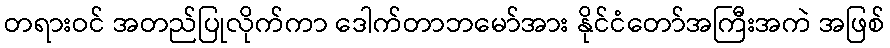
တရားဝင် အတည်ပြုလိုက်ကာ ဒေါက်တာဘမော်အား နိုင်ငံတော်အကြီးအကဲ အဖြစ်